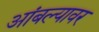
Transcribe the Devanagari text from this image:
आंबल्यावर